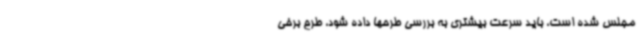
مجلس شده است، باید سرعت بیشتری به بررسی طرحها داده شود، طرح برخی